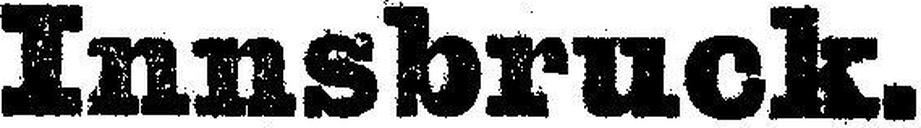
Innsbruck.